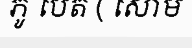
ភូ បេត ( សោម